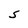
Character: S